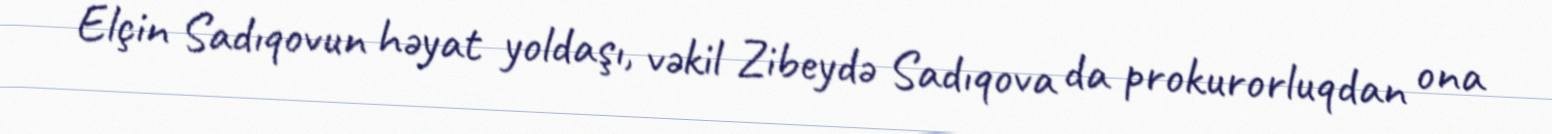
Elçin Sadıqovun həyat yoldaşı, vəkil Zibeydə Sadıqova da prokurorluqdan ona